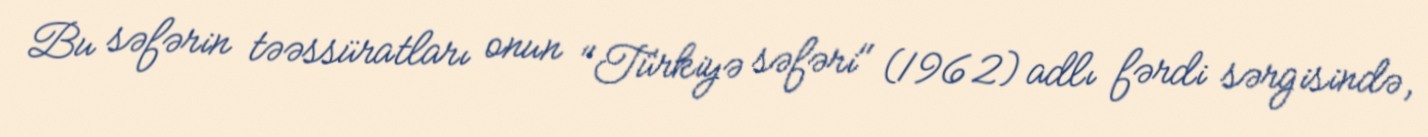
Bu səfərin təəssüratları onun "Türkiyə səfəri" (1962) adlı fərdi sərgisində,